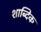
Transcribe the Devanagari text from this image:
शाब्दिक